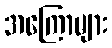
အကြောများ